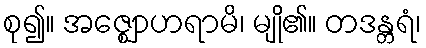
စု၍။ အဇ္ဈောဟရာမိ၊ မျို၏။ တဒန္တရံ၊